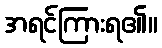
အရင်ကြားရ၏။